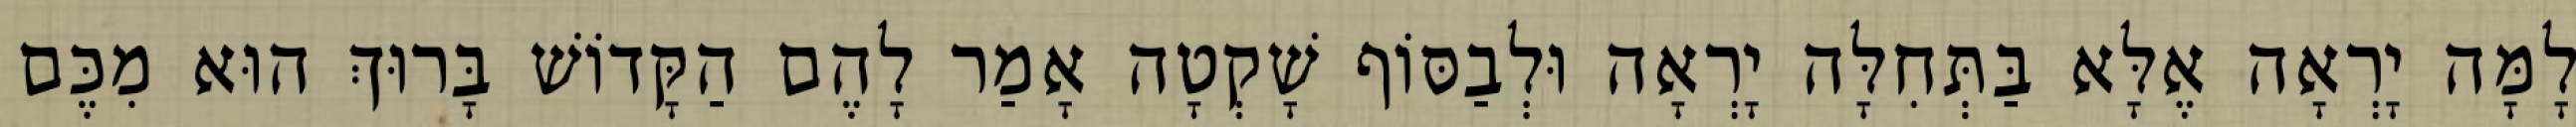
לָמָּה יָרְאָה אֶלָּא בַּתְּחִלָּה יָרְאָה וּלְבַסּוֹף שָׁקְטָה אָמַר לָהֶם הַקָּדוֹשׁ בָּרוּךְ הוּא מִכֶּם